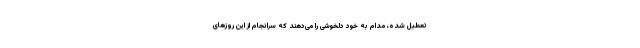
تعطیل شده، مدام به خود دلخوشی را می‌دهند که سرانجام از این روزهای